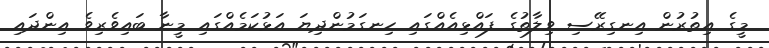
މީގެ އިތުރުން އިނގިރޭސި ވިލާތުގެ ފައްޅިއެއްގައި ހިނގަމުންދިޔަ އަޅުކަމެއްގައި މީނާ ބައިވެރިވެ އިންދައި